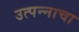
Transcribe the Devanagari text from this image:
उत्पन्‍नाचा